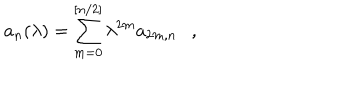
a _ { n } ( \lambda ) = \sum _ { m = 0 } ^ { [ n / 2 ] } \lambda ^ { 2 m } a _ { 2 m , n } ,